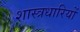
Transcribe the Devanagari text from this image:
शास्त्रधारियों